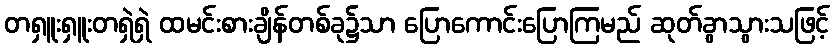
တရှူးရှူးတရှဲရှဲ ထမင်းစားချိန်တစ်ခု၌သာ ပြောကောင်းပြောကြမည် ဆုတ်ခွာသွားသဖြင့်